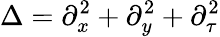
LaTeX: \Delta=\partial_{x}^{2}+\partial_{y}^{2}+\partial_{\tau}^{2}